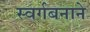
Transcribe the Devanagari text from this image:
स्वर्गबनाने